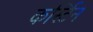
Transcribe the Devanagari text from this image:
कर्स्टिन